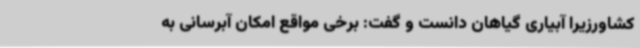
کشاورزیرا آبیاری گیاهان دانست و گفت: برخی مواقع امکان آبرسانی به